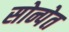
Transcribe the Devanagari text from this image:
सोन्पेत